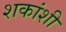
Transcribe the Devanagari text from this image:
शकांशी